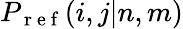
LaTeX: P_{\mathrm{~r~e~f~}}(i,j|n,m)